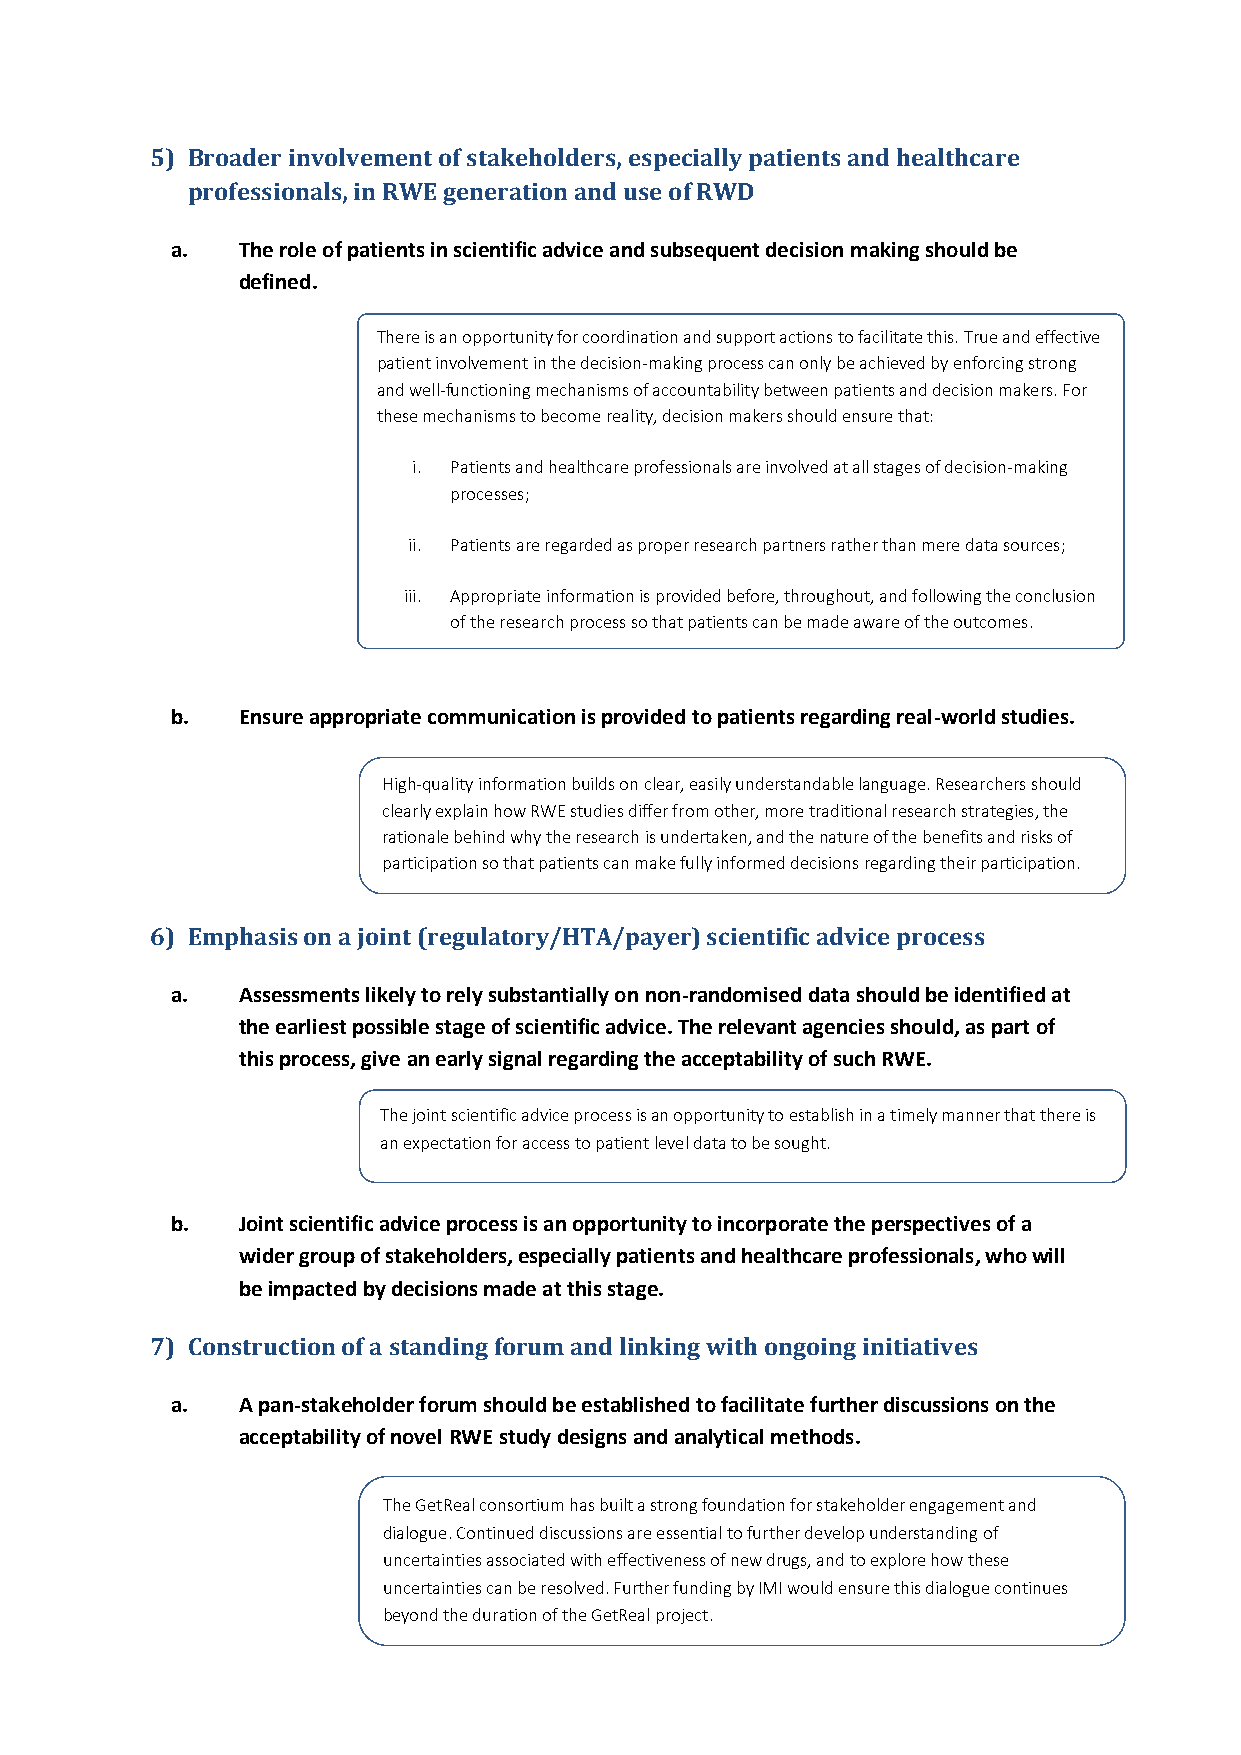
5) Broader involvement of stakeholders, especially patients and healthcare
 professionals, in RWE generation and use of RWD
 a.   The role of patients in scientific advice and subsequent decision making should be
 defined.
 There is an opportunity for coordination and support actions to facilitate this. True and effective
 patient involvement in the decision-making process can only be achieved by enforcing strong
 and well-functioning mechanisms of accountability between patients and decision makers. For
 these mechanisms to become reality, decision makers should ensure that:
 i. Patients and healthcare professionals are involved at all stages of decision-making
 processes;
 ii. Patients are regarded as proper research partners rather than mere data sources;
 iii. Appropriate information is provided before, throughout, and following the conclusion
 of the research process so that patients can be made aware of the outcomes.
 b.   Ensure appropriate communication is provided to patients regarding real-world studies.
 High-quality information builds on clear, easily understandable language. Researchers should
 clearly explain how RWE studies differ from other, more traditional research strategies, the
 rationale behind why the research is undertaken, and the nature of the benefits and risks of
 participation so that patients can make fully informed decisions regarding their participation.
 6) Emphasis on a joint (regulatory/HTA/payer) scientific advice process
 a.   Assessments likely to rely substantially on non-randomised data should be identified at
 the earliest possible stage of scientific advice. The relevant agencies should, as part of
 this process, give an early signal regarding the acceptability of such RWE.
 The joint scientific advice process is an opportunity to establish in a timely manner that there is
 an expectation for access to patient level data to be sought.
 b.   Joint scientific advice process is an opportunity to incorporate the perspectives of a
 wider group of stakeholders, especially patients and healthcare professionals, who will
 be impacted by decisions made at this stage.
 7) Construction of a standing forum and linking with ongoing initiatives
 a.   A pan-stakeholder forum should be established to facilitate further discussions on the
 acceptability of novel RWE study designs and analytical methods.
 The GetReal consortium has built a strong foundation for stakeholder engagement and
 dialogue. Continued discussions are essential to further develop understanding of
 uncertainties associated with effectiveness of new drugs, and to explore how these
 uncertainties can be resolved. Further funding by IMI would ensure this dialogue continues
 beyond the duration of the GetReal project.